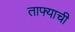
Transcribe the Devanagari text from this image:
ताफ्याची